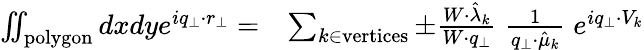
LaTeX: \begin{array}{rl}{\iint_{\mathrm{polygon}}dxdye^{iq_{\perp}\cdot r_{\perp}}=}&{\sum_{k\in\mathrm{vertices}}\pm\frac{W\cdot\hat{\lambda}_{k}}{W\cdot q_{\perp}}\; \frac{1}{q_{\perp}\cdot\hat{\mu}_{k}}\; e^{iq_{\perp}\cdot V_{k}}}\end{array}